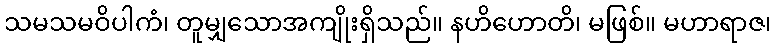
သမသမဝိပါကံ၊ တူမျှသောအကျိုးရှိသည်။ နဟိဟောတိ၊ မဖြစ်။ မဟာရာဇ၊